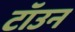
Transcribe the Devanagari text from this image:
टॉउन